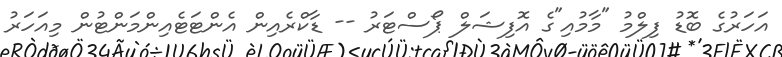
އަހަރުގެ ބޮޑު ފިލްމު "މާމުއި"ގެ އޮފިޝަލް ޕޯސްޓަރު -- ޑާކްރެއިން އެންޓަޓެއިންމަންޓުން މިއަހަރު